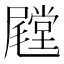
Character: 𱛁